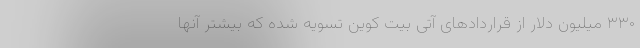
۳۳۰ میلیون دلار از قراردادهای آتی بیت کوین تسویه شده‌ که بیشتر آنها